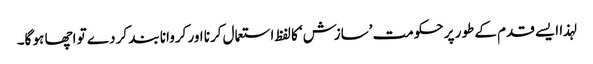
لہذا ایسے قدم کے طور پر حکومت ’سازش‘ کا لفظ استعمال کرنا اور کروانا بند کر دے تو اچھا ہو گا۔